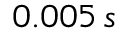
0 . 0 0 5 \, s